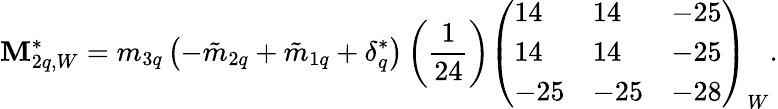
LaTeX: {\mathbf M}_{2q,W}^{*}=m_{3q}\left(-\tilde{m}_{2q}+\tilde{m}_{1q}+\delta_{q}^{*}\right)\left(\frac{1}{24}\right)\left(\begin{array}{lll}{{14}}&{{14}}&{{-25}}\\ {{14}}&{{14}}&{{-25}}\\ {{-25}}&{{-25}}&{{-28}}\end{array}\right)_{W}.